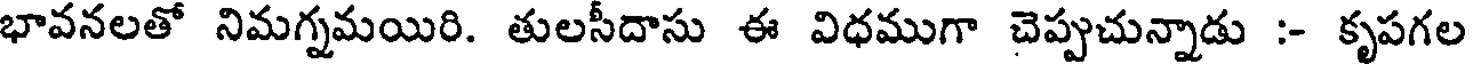
భావనలతో నిమగ్నమయిరి. తులసీదాసు ఈ విధముగా చెప్పుచున్నాడు :- కృపగల